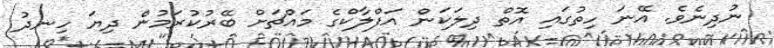
ނުދިނެވެ. އޭނަ ހިތުގައި އޮތް ދިލަކަން އަފްލާކްގެ މައްޗަށް ބޭރުކުރަމުން ދިޔަ ހިނދު